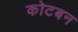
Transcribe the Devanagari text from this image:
कोटबन